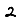
Digit: 2